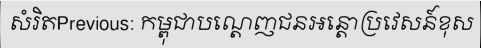
សំរិតPrevious: កម្ពុជាបណ្តេញជនអន្តោប្រវេសន៍ខុស